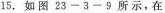
15.如图23-3-9所示，在